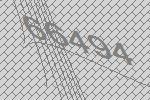
66494